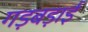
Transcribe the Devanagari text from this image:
गड़बड़ाई